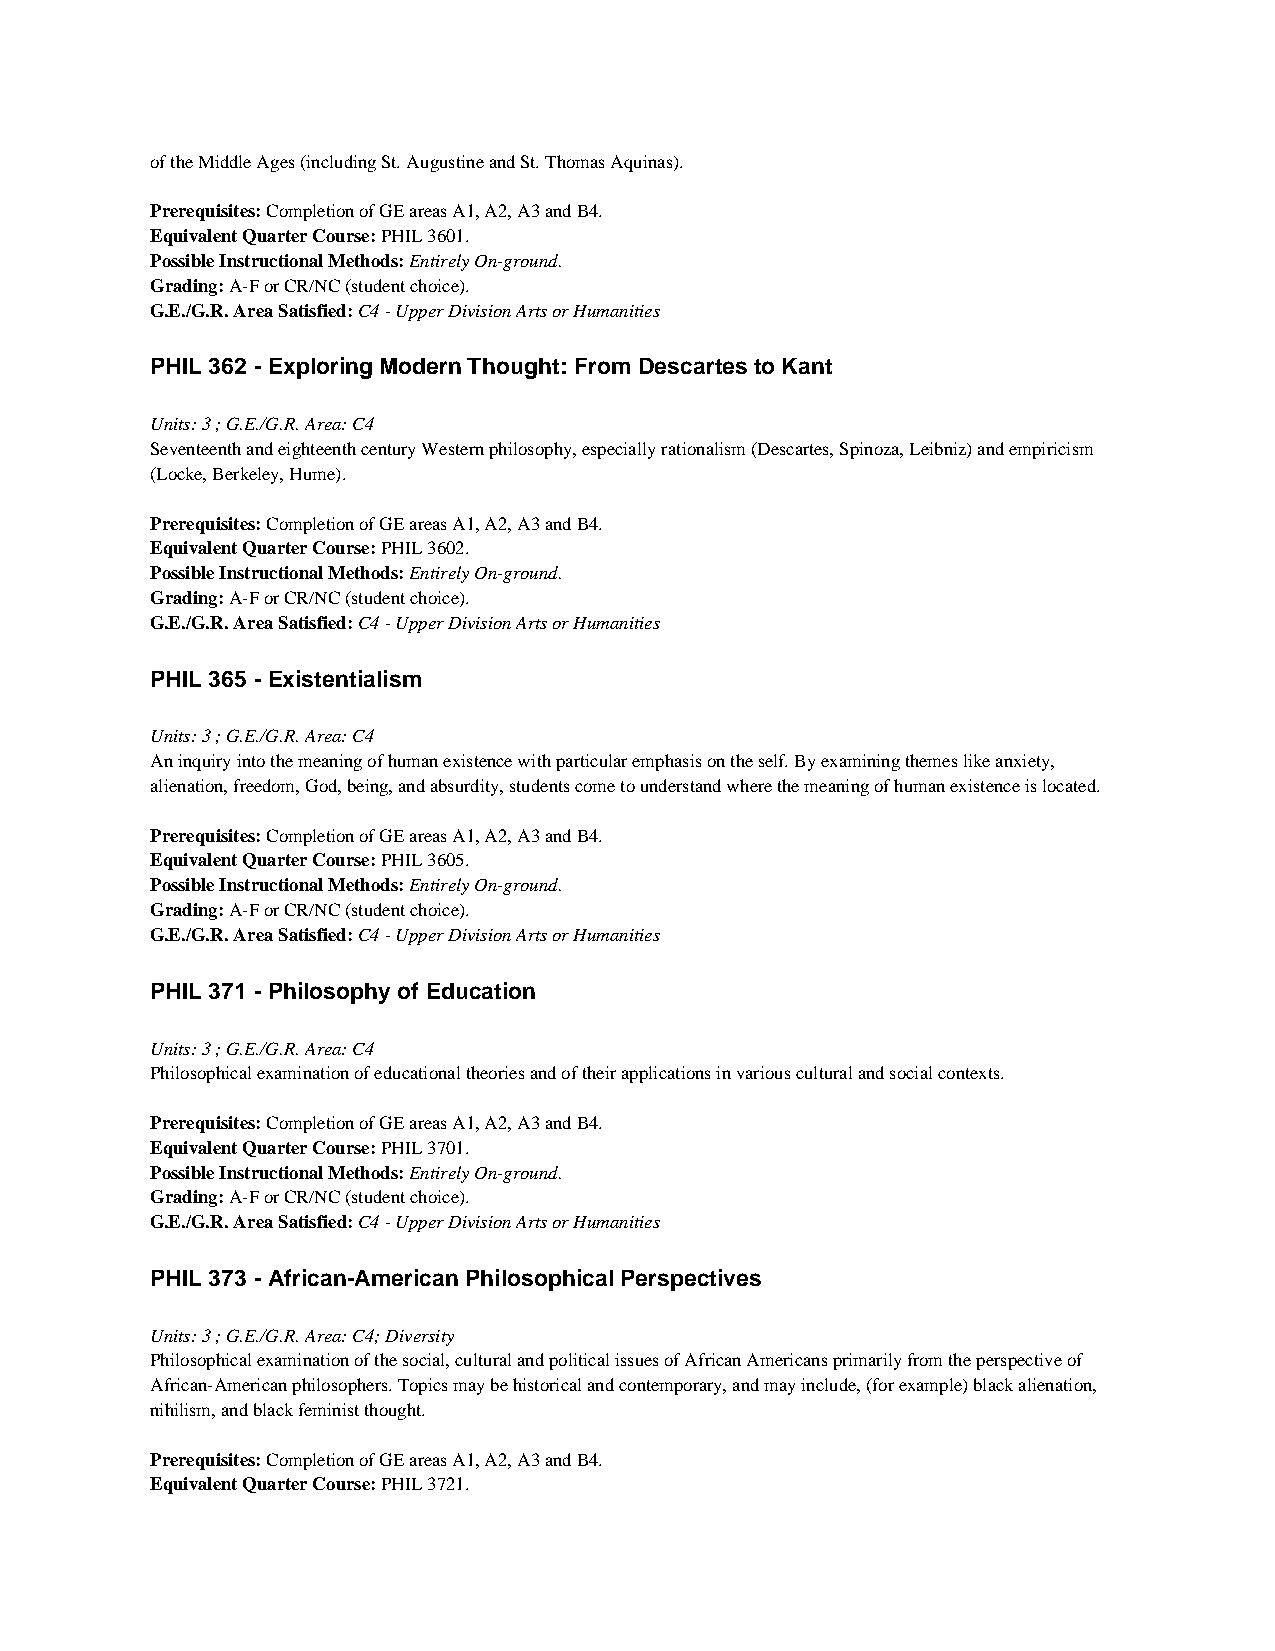
of the Middle Ages (including St. Augustine and St. Thomas Aquinas).
 Prerequisites: Completion of GE areas A1, A2, A3 and B4.
 Equivalent Quarter Course: PHIL 3601.
 Possible Instructional Methods: Entirely On-ground.
 Grading: A-F or CR/NC (student choice).
 G.E./G.R. Area Satisfied: C4 - Upper Division Arts or Humanities
 PHIL 362 - Exploring Modern Thought: From Descartes to Kant
 Units: 3 ; G.E./G.R. Area: C4
 Seventeenth and eighteenth century Western philosophy, especially rationalism (Descartes, Spinoza, Leibniz) and empiricism
 (Locke, Berkeley, Hume).
 Prerequisites: Completion of GE areas A1, A2, A3 and B4.
 Equivalent Quarter Course: PHIL 3602.
 Possible Instructional Methods: Entirely On-ground.
 Grading: A-F or CR/NC (student choice).
 G.E./G.R. Area Satisfied: C4 - Upper Division Arts or Humanities
 PHIL 365 - Existentialism
 Units: 3 ; G.E./G.R. Area: C4
 An inquiry into the meaning of human existence with particular emphasis on the self. By examining themes like anxiety,
 alienation, freedom, God, being, and absurdity, students come to understand where the meaning of human existence is located.
 Prerequisites: Completion of GE areas A1, A2, A3 and B4.
 Equivalent Quarter Course: PHIL 3605.
 Possible Instructional Methods: Entirely On-ground.
 Grading: A-F or CR/NC (student choice).
 G.E./G.R. Area Satisfied: C4 - Upper Division Arts or Humanities
 PHIL 371 - Philosophy of Education
 Units: 3 ; G.E./G.R. Area: C4
 Philosophical examination of educational theories and of their applications in various cultural and social contexts.
 Prerequisites: Completion of GE areas A1, A2, A3 and B4.
 Equivalent Quarter Course: PHIL 3701.
 Possible Instructional Methods: Entirely On-ground.
 Grading: A-F or CR/NC (student choice).
 G.E./G.R. Area Satisfied: C4 - Upper Division Arts or Humanities
 PHIL 373 - African-American Philosophical Perspectives
 Units: 3 ; G.E./G.R. Area: C4; Diversity
 Philosophical examination of the social, cultural and political issues of African Americans primarily from the perspective of
 African-American philosophers. Topics may be historical and contemporary, and may include, (for example) black alienation,
 nihilism, and black feminist thought.
 Prerequisites: Completion of GE areas A1, A2, A3 and B4.
 Equivalent Quarter Course: PHIL 3721.